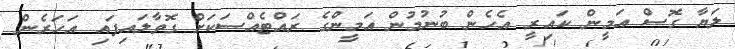
ލަޔާ ގޮސް އަމީން ކައިރީ އެހެން ބުނުމުން އަމީންގެ ރައްޓެއްސަކަށް ގޮވާލައިފައި އަހަރެން